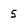
Character: 5